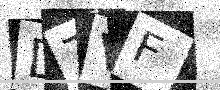
Text: D7VF